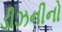
ડીઝનીનો